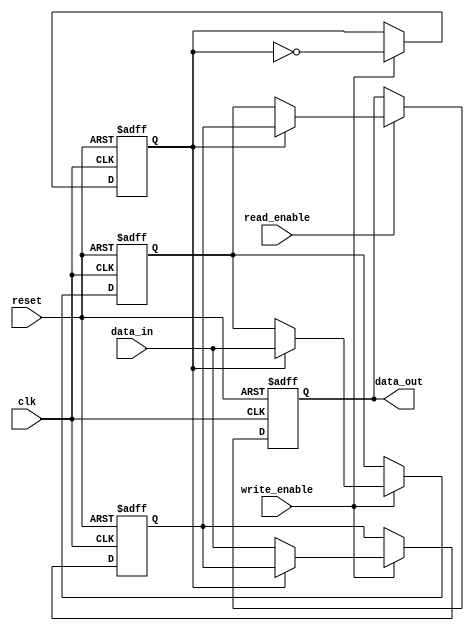
module double_buffer_register (
    input wire clk,
    input wire reset,
    input wire [7:0] data_in,        // Adjust the size according to your requirements
    input wire write_enable,
    input wire read_enable,
    output reg [7:0] data_out        // Adjust the size according to your requirements
);

    // Internal registers
    reg [7:0] buffer_a;              // First buffer
    reg [7:0] buffer_b;              // Second buffer
    reg active_buffer;                // Active buffer indicator (0 for buffer_a, 1 for buffer_b)

    always @(posedge clk or posedge reset) begin
        if (reset) begin
            // Clear both buffers on reset
            buffer_a <= 8'b0;
            buffer_b <= 8'b0;
            active_buffer <= 1'b0;   // Choose buffer_a as the initial active buffer
            data_out <= 8'b0;        // Initialize data_out
        end else begin
            // Writing data to the active buffer
            if (write_enable) begin
                if (active_buffer == 1'b0) begin
                    buffer_a <= data_in;  // Write to buffer_a
                end else begin
                    buffer_b <= data_in;  // Write to buffer_b
                end
                active_buffer <= ~active_buffer; // Toggle active buffer
            end

            // Reading data from the non-active buffer
            if (read_enable) begin
                if (active_buffer == 1'b0) begin
                    data_out <= buffer_b;  // Read from buffer_b
                end else begin
                    data_out <= buffer_a;  // Read from buffer_a
                end
            end
        end
    end

endmodule